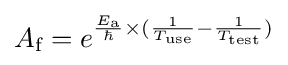
\displaystyle A_{\text{f}}=e^{{\frac {E_{\text{a}}}{\hbar }}\times ({\frac {1}{T_{\text{use}}}}-{\frac {1}{T_{\text{test}}}})}